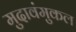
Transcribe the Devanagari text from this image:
मुदावंमुकल